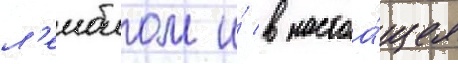
л'еиблом и́ в настоа́щее